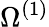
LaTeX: \Omega^{(1)}